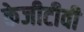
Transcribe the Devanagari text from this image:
केजीटीवी